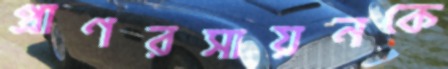
প্রাণরসায়নকে